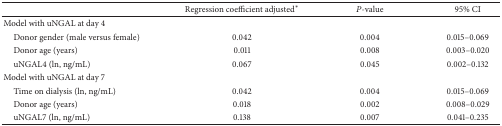
<table><thead><tr><td><b> </b></td><td><b>Regression coefficient adjusted*</b></td><td><b><i>P</i>-value </b></td><td><b>95% CI</b></td></tr></thead><tbody><tr><td> Model with uNGAL at day 4</td><td> </td><td> </td><td> </td></tr><tr><td> Donor gender (male versus female)</td><td> 0.042</td><td>0.004</td><td>0.015–0.069</td></tr><tr><td> Donor age (years)</td><td> 0.011</td><td>0.008</td><td>0.003–0.020</td></tr><tr><td> uNGAL4 (ln, ng/mL)</td><td> 0.067</td><td>0.045</td><td>0.002–0.132</td></tr><tr><td> Model with uNGAL at day 7</td><td> </td><td> </td><td> </td></tr><tr><td> Time on dialysis (ln, ng/mL)</td><td> 0.042</td><td>0.004</td><td>0.015–0.069</td></tr><tr><td> Donor age (years)</td><td> 0.018</td><td>0.002</td><td>0.008–0.029</td></tr><tr><td> uNGAL7 (ln, ng/mL)</td><td> 0.138</td><td>0.007</td><td>0.041–0.235</td></tr></tbody></table>